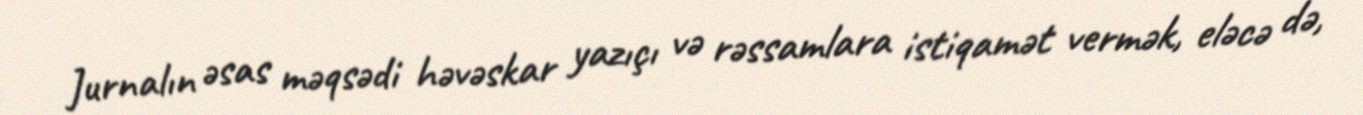
Jurnalın əsas məqsədi həvəskar yazıçı və rəssamlara istiqamət vermək, eləcə də,